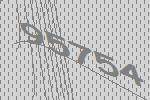
95754